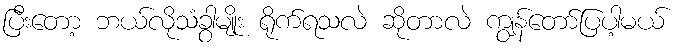
ပြီးတော့ ဘယ်လိုသံခွာမျိုး ရိုက်ရသလဲ ဆိုတာလဲ ကျွန်တော်ပြပါ့မယ်